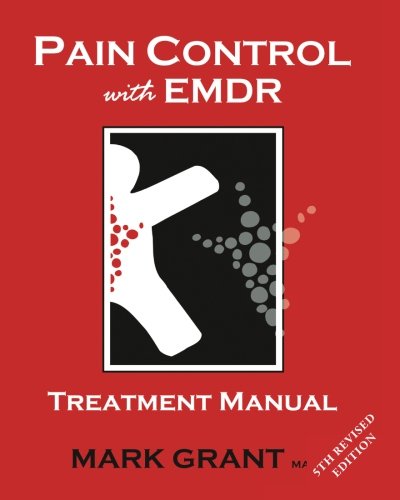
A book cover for Pain Control with EMDR: treatment manual; Mr Mark Grant MA; Health, Fitness & Dieting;